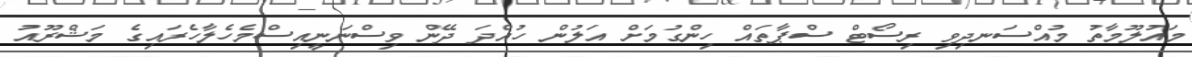
މައުލޫމާތު މުއްސަނދިވި ރިސޯޓް ސްޕާތައް ހިންގުމަށް އަލުން ހުއްދަ ދޭން ވިސްނަނީއިސްމެހެލާހެރައިގެ މަޝްރޫއު